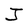
Character: J